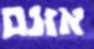
אזנם